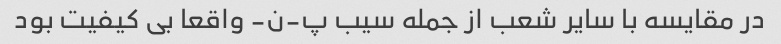
در مقایسه با سایر شعب از جمله سیب پ-ن- واقعا بی کیفیت بود